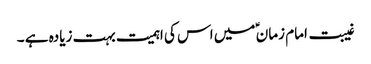
غیبت امام زمان ؑ میں اس کی اہمیت بہت زیادہ ہے ۔